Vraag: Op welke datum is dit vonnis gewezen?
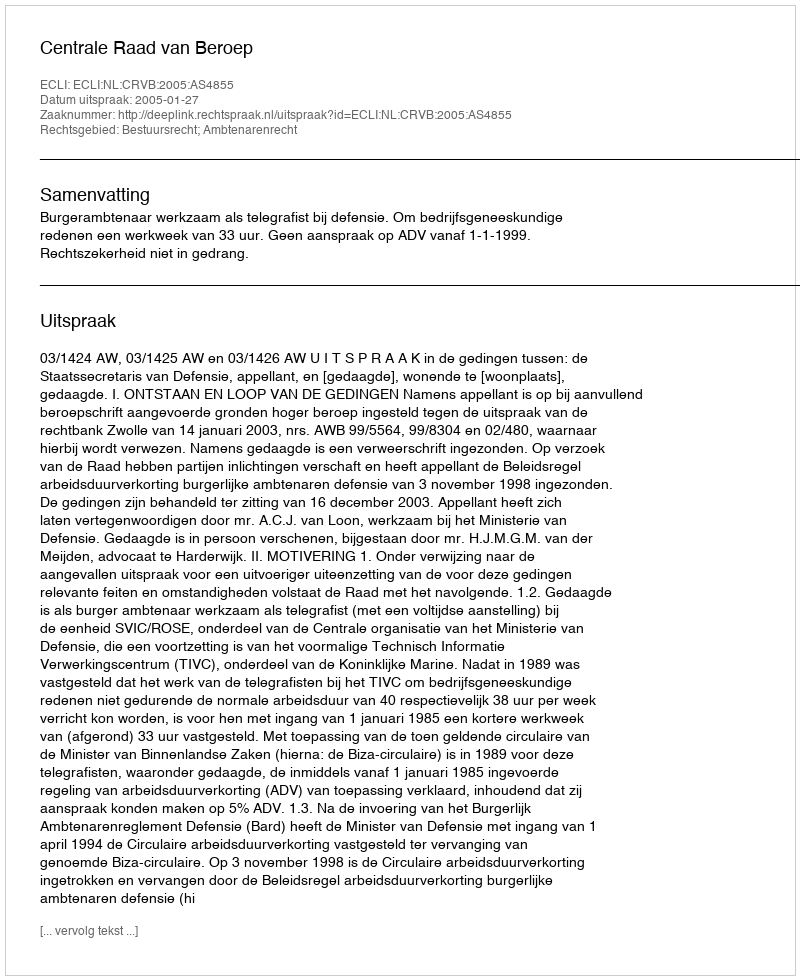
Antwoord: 2005-01-27